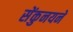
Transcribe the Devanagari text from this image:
सेंकुनयने